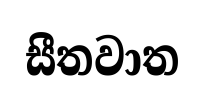
සීතවාත